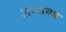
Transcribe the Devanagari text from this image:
अस्त्रांच्या